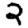
Digit: 2